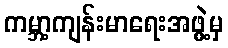
ကမ္ဘာ့ကျန်းမာရေးအဖွဲ့မှ